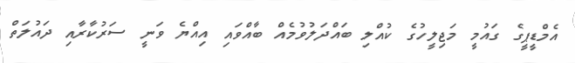
އެމްޑީޕީގެ ގައުމީ މަޖިލީހުގެ ކުއްލި ބައްދަލުވުމެއް ބާއްވައި އިއްޔެ ވަނީ ސަރުކާރާއި ދައުލަތް